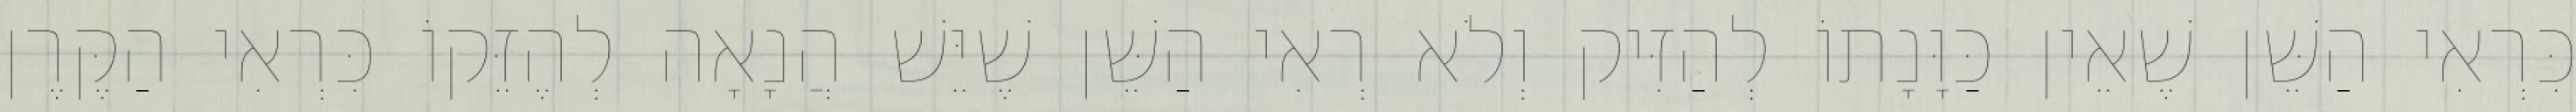
כִּרְאִי הַשֵּׁן שֶׁאֵין כַּוָּנָתוֹ לְהַזִּיק וְלֹא רְאִי הַשֵּׁן שֶׁיֵּשׁ הֲנָאָה לְהֶזֵּקוֹ כִּרְאִי הַקֶּרֶן